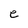
Character: e